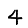
Digit: 4